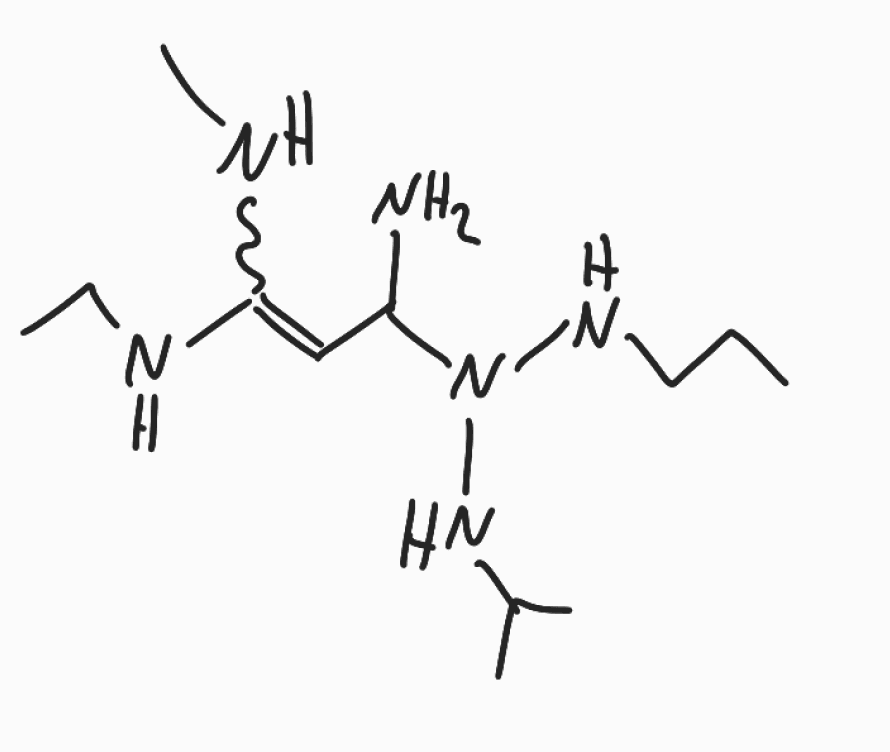
Simplified molecular-input line-entry system (SMILES) notation of the given molecule:
CCCNN(C(C=C(NC)NCC)N)NC(C)C